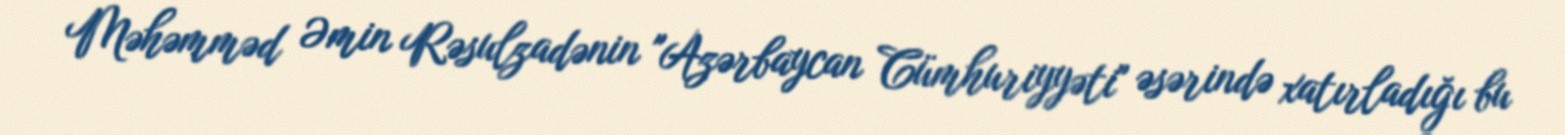
Məhəmməd Əmin Rəsulzadənin "Azərbaycan Cümhuriyyəti" əsərində xatırladığı bu